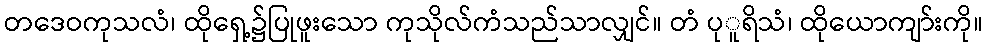
တဒေဝကုသလံ၊ ထိုရှေ့၌ပြုဖူးသော ကုသိုလ်ကံသည်သာလျှင်။ တံ ပုူရိသံ၊ ထိုယောကျာ်းကို။